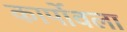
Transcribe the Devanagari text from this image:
कार्पोवला